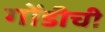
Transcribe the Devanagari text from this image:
गोंडीची